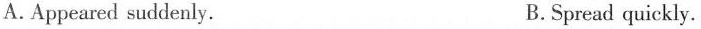
Appeared suddenly. B.Spread quickly.